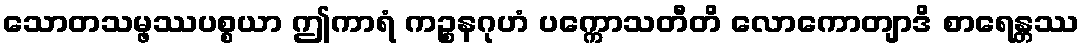
သောတသမ္ဖဿပစ္စယာ ဤကာရံ ကဉ္စနဂုဟံ ပက္ကောသတီတိ လောကောတျာဒိ စာရေန္တဿ